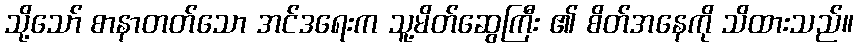
သို့သော် စာနာတတ်သော အင်ဒရေးက သူ့မိတ်ဆွေကြီး ၏ စိတ်အနေကို သိထားသည်။